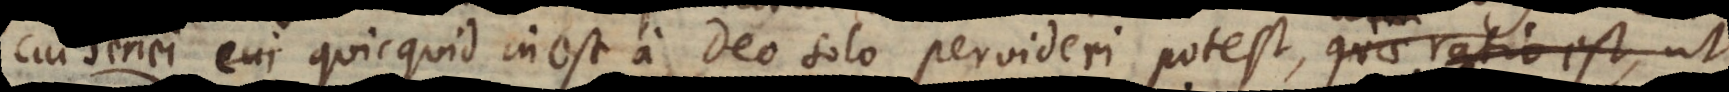
cui seriei quicquid inest a Deo solo pervideri potest, quae ratio est,